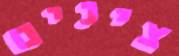
צינים